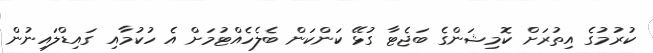
ކުރުމުގެ އިތުރަށް ކޮމިޝަންގެ ބަޖެޓާ ގުޅޭ ކަންކަން ބެލެހެއްޓުމަށް އެ ހުކުމާއި ގައިޑްލައިނުން